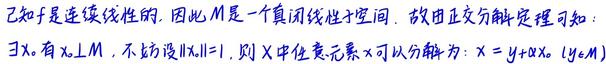
已知 $f$ 是连续线性的. 因此 $M$ 是一个真闭线性子空间. 故由正交分解定理可知:
$\exists x_{0}$ 有 $x_{0} \perp M$, 不妨设 $\left\|x_{0}\right\| = 1$, 则 $X$ 中任意元素 $x$ 可以分解为: $x = y+\alpha x_{0}$ $(y \in M)$